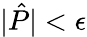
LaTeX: |\hat{P}|<\epsilon